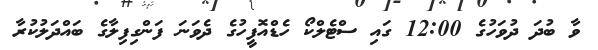
ވާ ބުދަ ދުވަހުގެ 12:00 ގައި ސްޓެލްކޯ ހެޑްއޮފީހުގެ ދެވަނަ ފަންގިފިލާގެ ބައްދަލުކުރާ